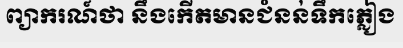
ព្យាករណ៍ថា នឹងកើតមានជំនន់ទឹកភ្លៀង